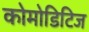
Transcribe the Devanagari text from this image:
कोमोडिटिज